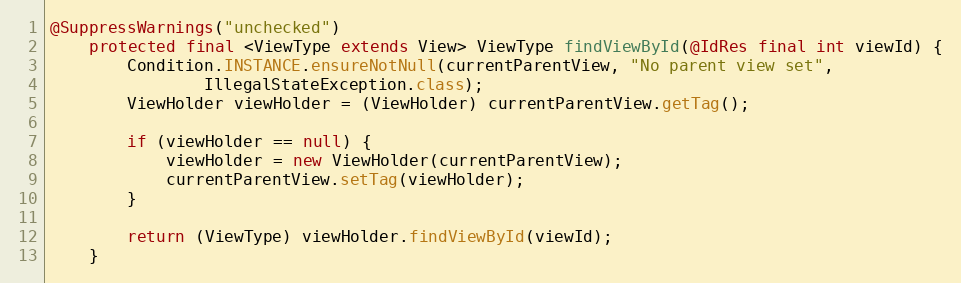
Language: Java
@SuppressWarnings("unchecked")
    protected final <ViewType extends View> ViewType findViewById(@IdRes final int viewId) {
        Condition.INSTANCE.ensureNotNull(currentParentView, "No parent view set",
                IllegalStateException.class);
        ViewHolder viewHolder = (ViewHolder) currentParentView.getTag();

        if (viewHolder == null) {
            viewHolder = new ViewHolder(currentParentView);
            currentParentView.setTag(viewHolder);
        }

        return (ViewType) viewHolder.findViewById(viewId);
    }